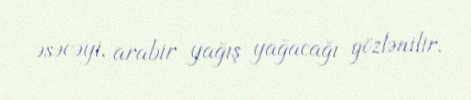
əsəcəyi, arabir yağış yağacağı gözlənilir.